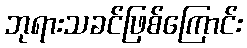
ဘုရားသခင်ဖြစ်ကြောင်း